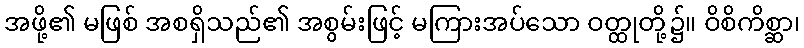
အဖို့၏ မဖြစ် အစရှိသည်၏ အစွမ်းဖြင့် မကြားအပ်သော ဝတ္ထုတို့၌။ ဝိစိကိစ္ဆာ၊